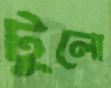
টুলো